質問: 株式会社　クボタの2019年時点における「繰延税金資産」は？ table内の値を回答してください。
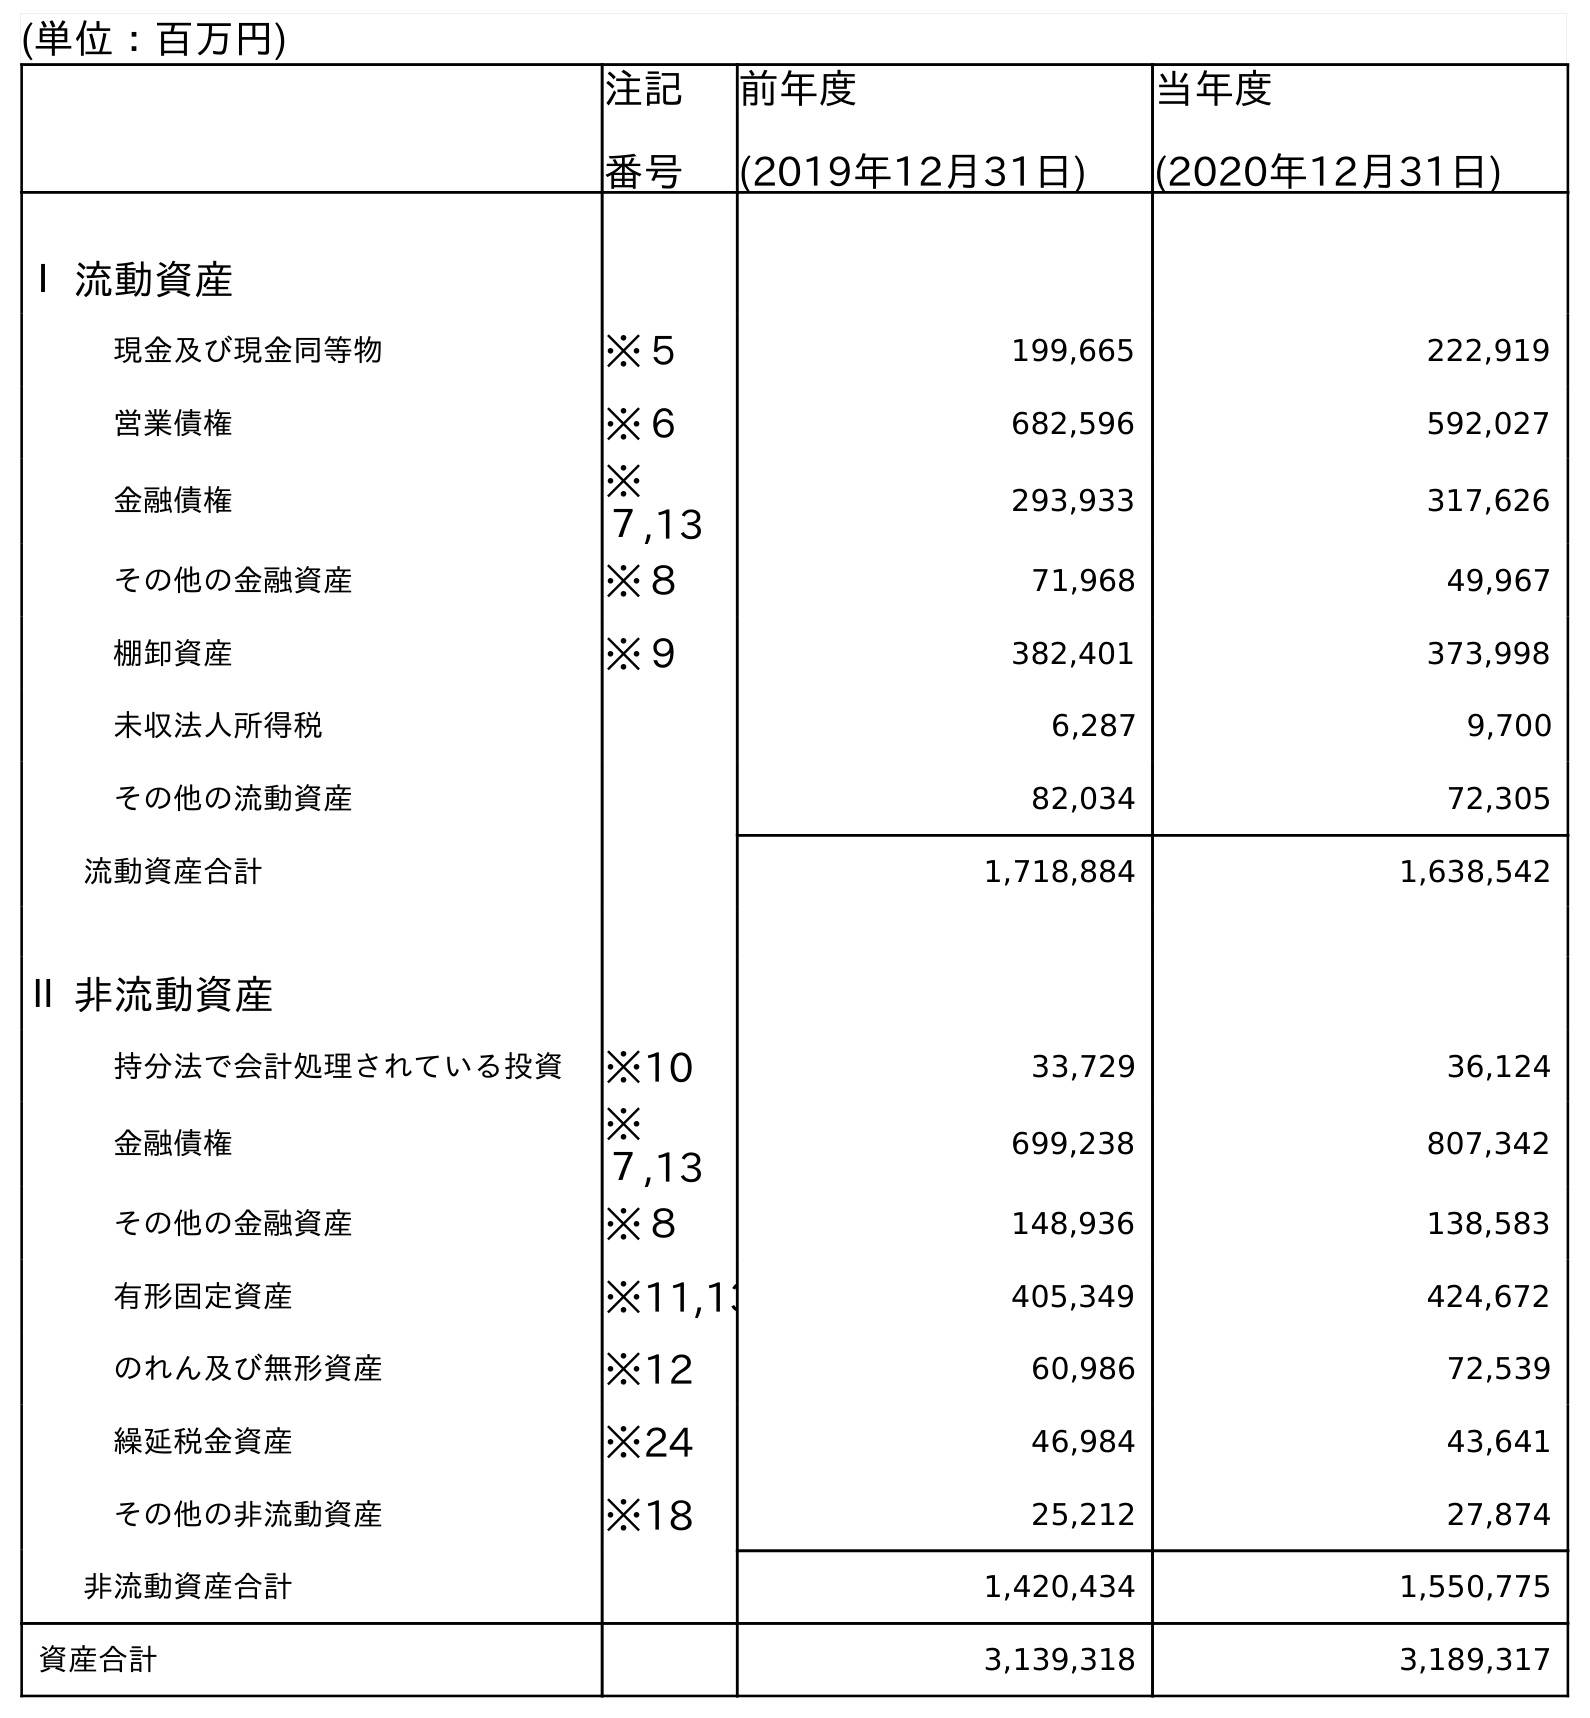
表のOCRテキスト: (単位：百万円) 注記 番号 前年度 (2019年12月31日) 当年度 (2020年12月31日) Ⅰ 流動資産 現金及び現金同等物 ※５ 199,665 222,919 営業債権 ※６ 682,596 592,027 金融債権 ※ ７,13 293,933 317,626 その他の金融資産 ※８ 71,968 49,967 棚卸資産 ※９ 382,401 373,998 未収法人所得税 6,287 9,700 その他の流動資産 82,034 72,305 流動資産合計 1,718,884 1,638,542 Ⅱ 非流動資産 持分法で会計処理されている投資 ※10 33,729 36,124 金融債権 ※ ７,13 699,238 807,342 その他の金融資産 ※８ 148,936 138,583 有形固定資産 ※11,13 405,349 424,672 のれん及び無形資産 ※12 60,986 72,539 繰延税金資産 ※24 46,984 43,641 その他の非流動資産 ※18 25,212 27,874 非流動資産合計 1,420,434 1,550,775 資産合計 3,139,318 3,189,317
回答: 46,984